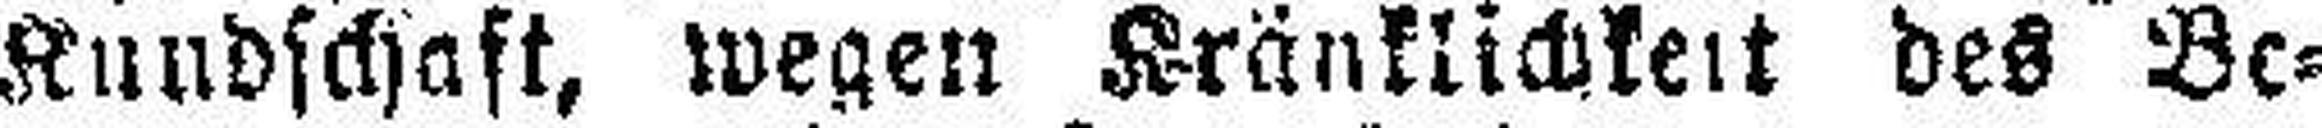
Kundschaft, wegen Kränklichkeit des Be¬